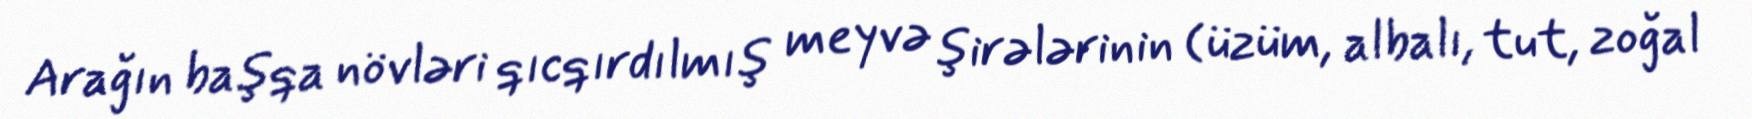
Arağın başqa növləri qıcqırdılmış meyvə şirələrinin (üzüm, albalı, tut, zoğal